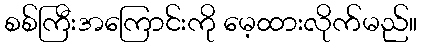
စစ်ကြီးအကြောင်းကို မေ့ထားလိုက်မည်။